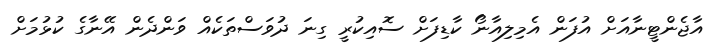
އާޖެންޓީނާއަށް އުފަން އެމިލިއާނޯ ކާޑިފަށް ސޮއިކުރީ ގިނަ ދުވަސްތަކެއް ވަންދެން އޭނާގެ ކުޅުމަށް